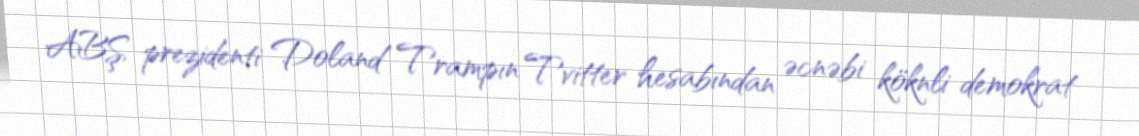
ABŞ prezidenti Doland Trampın Tvitter hesabından əcnəbi köknli demokrat